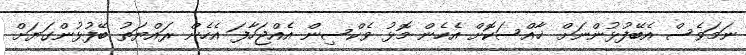
ނަމަވެސް އެބޭފުޅުންނަށް ޚާއްސަކޮށް އެހެން މޮޅު ވެކްސިން އެއްޖަހާފަ އެހެން ރައްޔަތު ބޭފުޅުންގަޔަށް